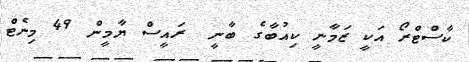
ކާސްޓްރޯ އަކީ ޒަމާނީ ކިއުބާގެ ބާނީ  ރައީސް ޔާމީން 49 މިނެޓް